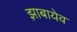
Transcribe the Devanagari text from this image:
झ़ाबायेव